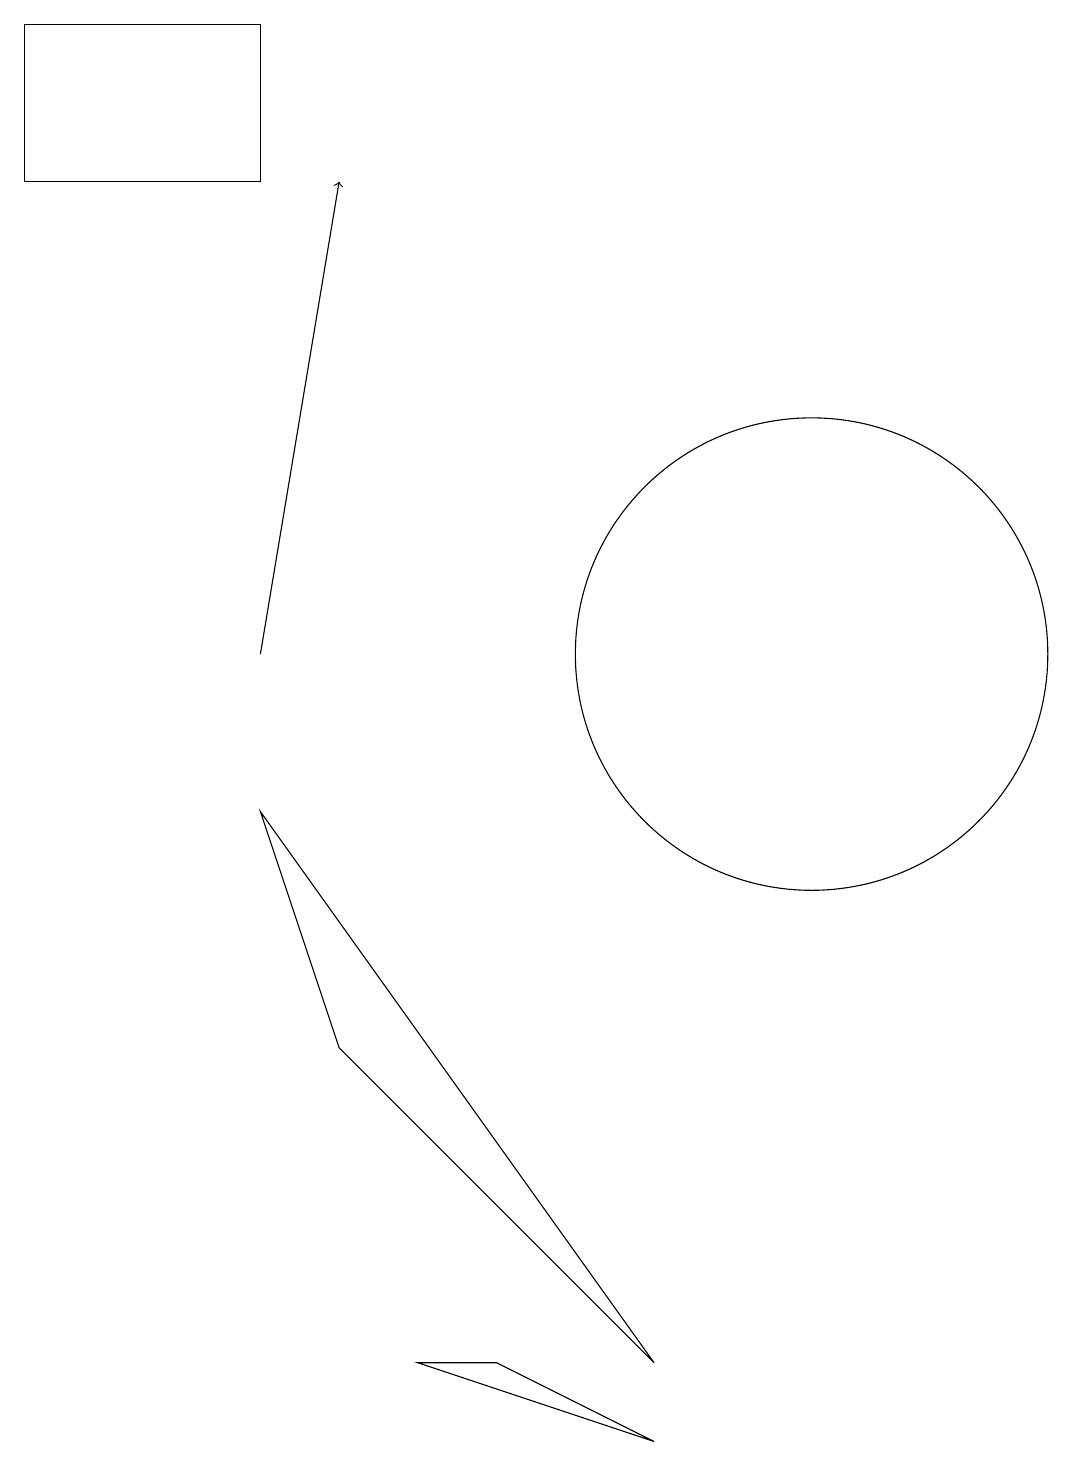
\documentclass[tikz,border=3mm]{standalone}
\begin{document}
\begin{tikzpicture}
\draw (6,1) -- (7,1) -- (9,0) -- cycle;
\draw (4,18) rectangle (1,16);
\draw (4,8) -- (5,5) -- (9,1) -- cycle;
\draw[->] (4,10) -- (5,16);
\draw (11,10) circle (3);
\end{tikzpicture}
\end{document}